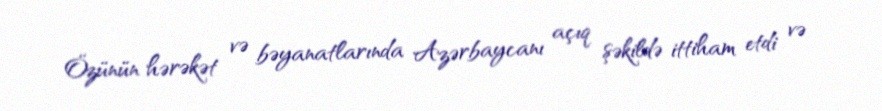
Özünün hərəkət və bəyanatlarında Azərbaycanı açıq şəkildə ittiham etdi və